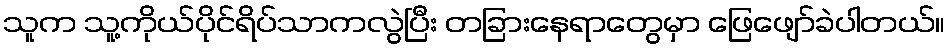
သူက သူ့ကိုယ်ပိုင်ရိပ်သာကလွဲပြီး တခြားနေရာတွေမှာ ဖြေဖျော်ခဲပါတယ်။